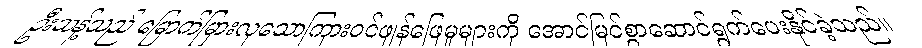
ဦးသန့်သည် မြောက်မြားလှသောကြားဝင်ဖျန်ဖြေမှုများကို အောင်မြင်စွာဆောင်ရွက်ပေးနိုင်ခဲ့သည်။